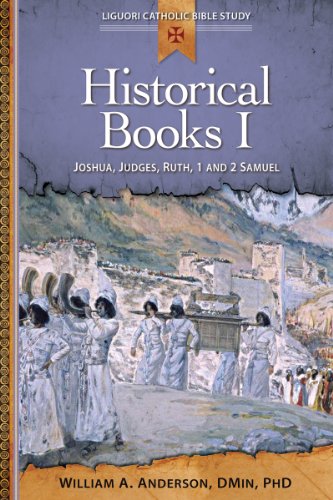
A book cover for Historical Books I: Joshua, Judges, Ruth, 1 and 2 Samuel (Liguori Catholic Bible Study); William Anderson; Christian Books & Bibles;